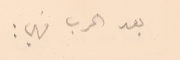
بعد الحرب فهي :